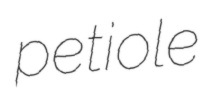
petiole